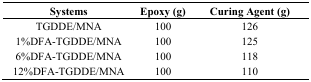
| Systems | Epoxy (g) | Curing Agent (g) |
 | --- | --- | --- |
 | TGDDE/MNA | 100 | 126 |
 | 1%DFA-TGDDE/MNA | 100 | 125 |
 | 6%DFA-TGDDE/MNA | 100 | 118 |
 | 12%DFA-TGDDE/MNA | 100 | 110 |